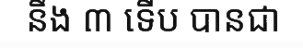
នឹង ៣ ទើប បានជា